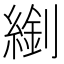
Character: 𦄈